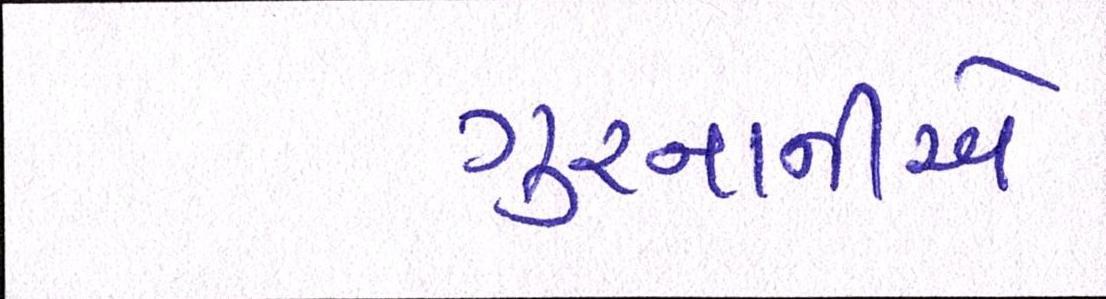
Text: ગુરનાનીએ